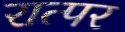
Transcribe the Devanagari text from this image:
रात्पर